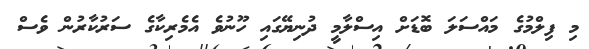
މި ފިލްމުގެ މައްސަލަ ބޮޑަށް އިސްލާމީ ދުނިޔޭގައި ހޫނުވެ އެމެރިކާގެ ސަރުކާރުން ވެސް